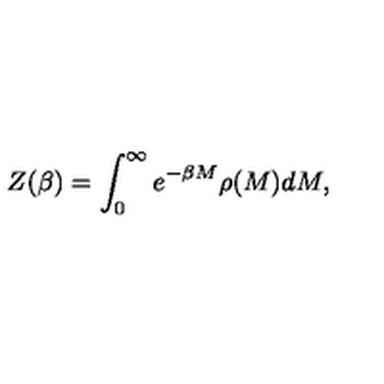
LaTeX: Z ( \beta ) = \int _ { 0 } ^ { \infty } e ^ { - \beta M } \rho ( M ) d M ,